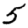
Digit: 5